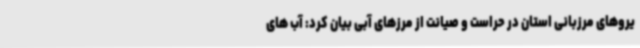
یروهای مرزبانی استان در حراست و صیانت از مرزهای آبی بیان کرد: آب های